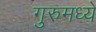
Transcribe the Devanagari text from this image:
गुरुमध्ये